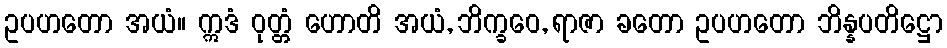
ဥပဟတော အယံ။ ဣဒံ ဝုတ္တံ ဟောတိ အယံ, ဘိက္ခဝေ, ရာဇာ ခတော ဥပဟတော ဘိန္နပတိဋ္ဌော